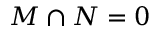
{ \cal M } \cap { \cal N } = 0